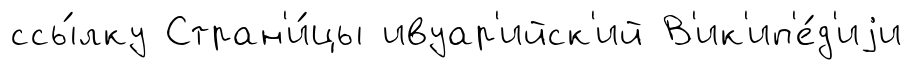
ссы́лку Стран'и́цы ивуар'ийск'ий В'ик'ип'е́д'иjи